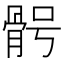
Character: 𩨴